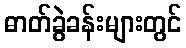
ဓာတ်ခွဲခန်းများတွင်